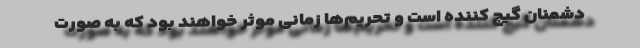
دشمنان گیج کننده است و تحریم‌ها زمانی موثر خواهند بود که به صورت